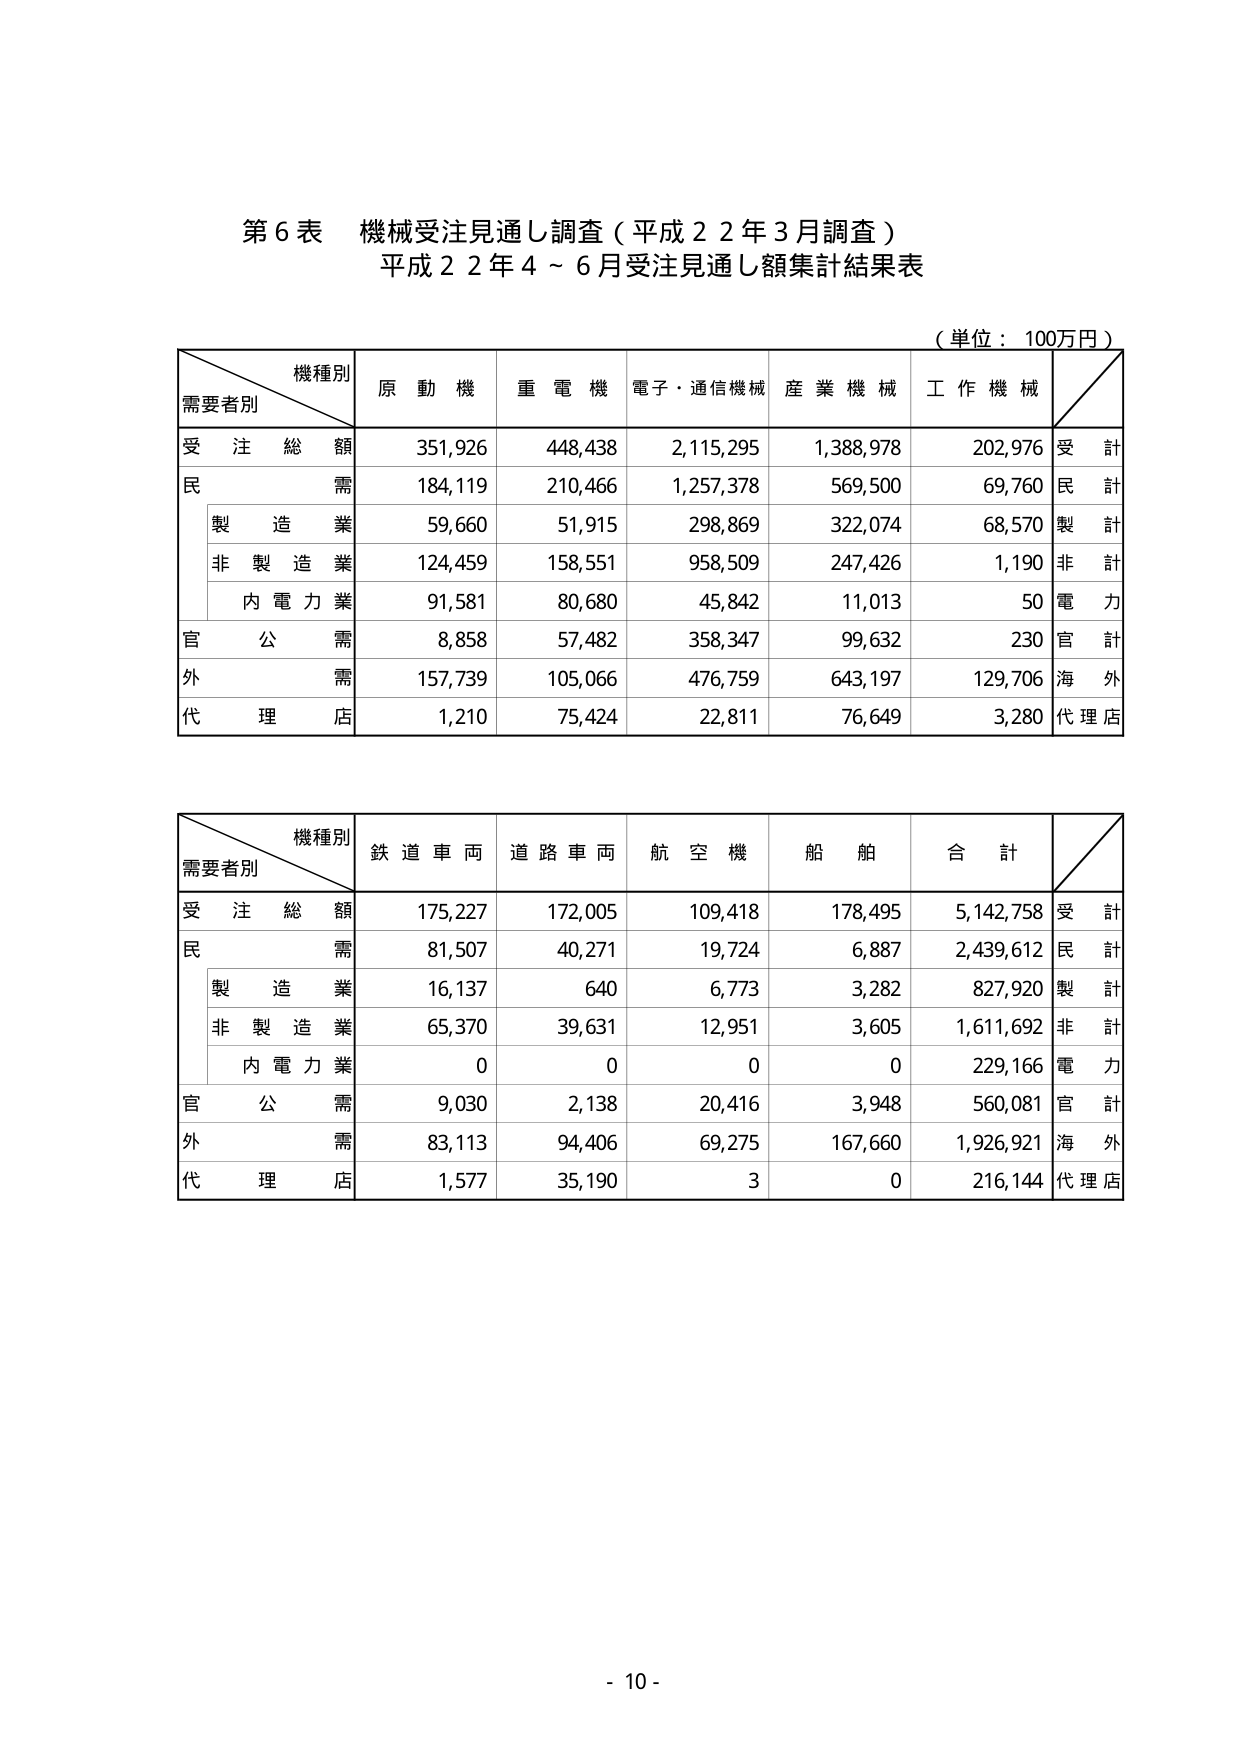
第６表 機械受注見通し調査（平成２２年３月調査）
平成２２年４～６月受注見通し額集計結果表

（単位：100万円）

機種別
需要者別
原動機
重電機
電子・通信機械
産業機械
工作機械

受注総額
351,926
448,438
2,115,295
1,388,978
202,976
受計

民需
184,119
210,466
1,257,378
569,500
69,760
民計

　製造業
59,660
51,915
298,869
322,074
68,570
製計

　非製造業
124,459
158,551
958,509
247,426
1,190
非計

　　内電力業
91,581
80,680
45,842
11,013
50
電力

官公需
8,858
57,482
358,347
99,632
230
官計

外需
157,739
105,066
476,759
643,197
129,706
海外

代理店
1,210
75,424
22,811
76,649
3,280
代理店

機種別
需要者別
鉄道車両
道路車両
航空機
船舶
合計

受注総額
175,227
172,005
109,418
178,495
5,142,758
受計

民需
81,507
40,271
19,724
6,887
2,439,612
民計

　製造業
16,137
640
6,773
3,282
827,920
製計

　非製造業
65,370
39,631
12,951
3,605
1,611,692
非計

　　内電力業
0
0
0
0
229,166
電力

官公需
9,030
2,138
20,416
3,948
560,081
官計

外需
83,113
94,406
69,275
167,660
1,926,921
海外

代理店
1,577
35,190
3
0
216,144
代理店

- 10 -